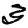
Digit: 3